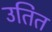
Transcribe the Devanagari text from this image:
उतित